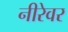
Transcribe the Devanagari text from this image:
नीरेवर